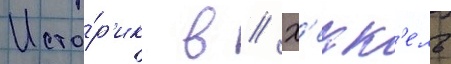
Исто́р'ик в // Х'екк'ель